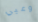
وعيي